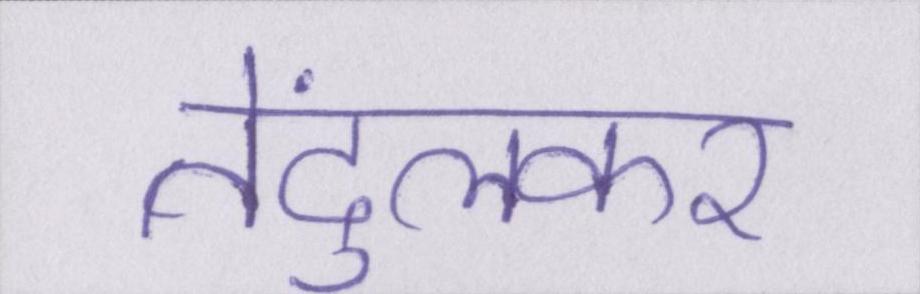
तेंदुलकर